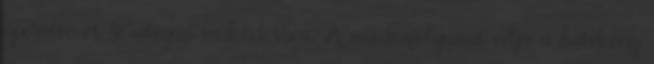
operatív és stratégiai működésben. A munkafolyamat célja a hatékony